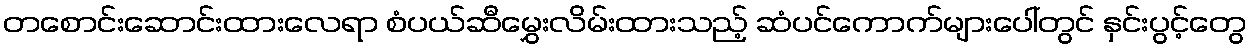
တစောင်းဆောင်းထားလေရာ စံပယ်ဆီမွှေးလိမ်းထားသည့် ဆံပင်ကောက်များပေါ်တွင် နှင်းပွင့်တွေ